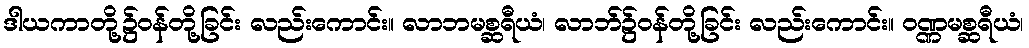
ဒါယကာတို့၌ဝန်တို့ခြင်း လည်းကောင်း။ လာဘမစ္ဆရီယံ၊ လာဘ်၌ဝန်တို့ခြင်း လည်းကောင်း။ ဝဏ္ဏမစ္ဆရီယံ၊